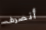
أنصرف